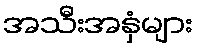
အသီးအနှံများ